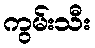
ကွမ်းသီး